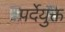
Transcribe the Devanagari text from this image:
पर्देयुक्त